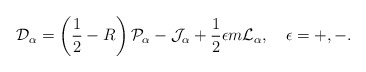
\begin{align*}{\cal D}_\alpha=\left(\frac{1}{2}-R\right){\cal P}_\alpha-{\cal J}_\alpha+\frac{1}{2}\epsilon m{\cal L}_\alpha,\quad\epsilon=+,-.\end{align*}